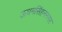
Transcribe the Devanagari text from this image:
ऊधमसिंहननगर